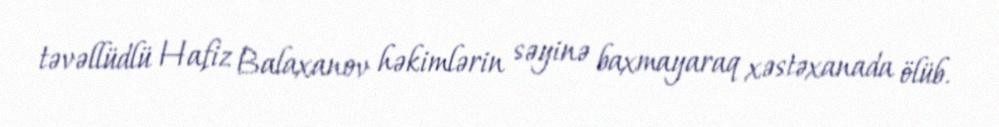
təvəllüdlü Hafiz Balaxanov həkimlərin səyinə baxmayaraq xəstəxanada ölüb.